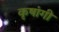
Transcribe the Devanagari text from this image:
कृषांगी